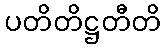
ပတိတိဋ္ဌတီတိ